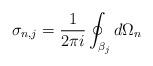
\begin{align*}\sigma_{n,j} = \frac{1}{2\pi i} \oint_{\beta_j} d\Omega_n\end{align*}